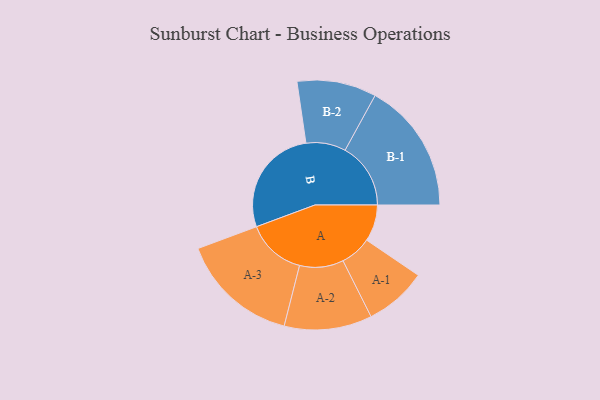
{"axis": {"x": "Segment", "y": "Value"}, "legend": ["", "A", "B"], "data": [{"x": "A", "y": 167, "type": ""}, {"x": "B", "y": 498, "type": ""}, {"x": "A-1", "y": 142, "type": "A"}, {"x": "A-2", "y": 200, "type": "A"}, {"x": "A-3", "y": 270, "type": "A"}, {"x": "B-1", "y": 299, "type": "B"}, {"x": "B-2", "y": 181, "type": "B"}]}